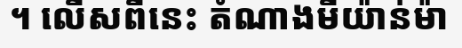
។ លើសពីនេះ តំណាងមីយ៉ាន់ម៉ា